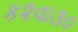
ક૨વા૩૦